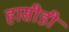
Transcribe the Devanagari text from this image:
हासीडी